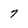
Character: 7